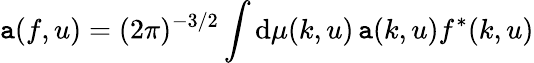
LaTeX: \mathtt{a}(f,u)=(2\pi)^{-3/2}\int\mathrm{d}\mu(k,u)\, \mathtt{a}(k,u)f^{*}(k,u)